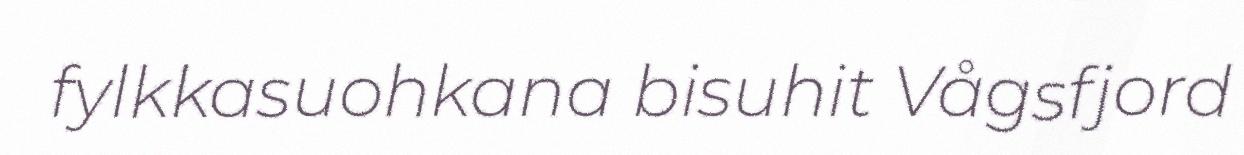
fylkkasuohkana bisuhit Vågsfjord